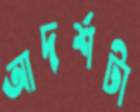
আদর্শটা